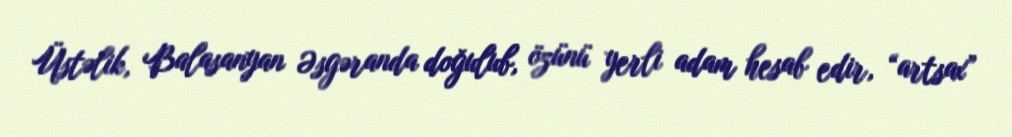
Üstəlik, Balasanyan Əsgəranda doğulub, özünü yerli adam hesab edir, “artsax”